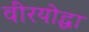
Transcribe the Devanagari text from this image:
वीरयोद्धा